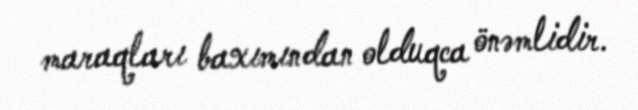
maraqları baxımından olduqca önəmlidir.